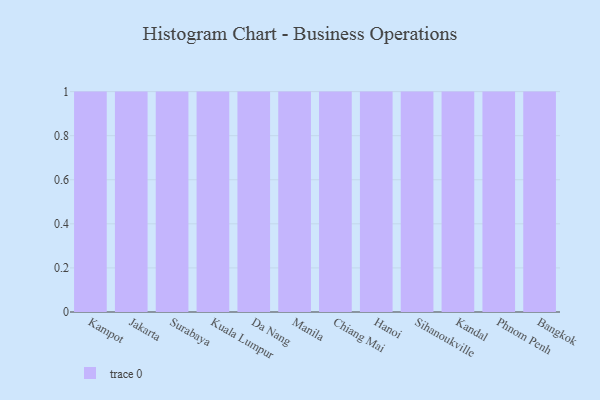
{"axis": {"x": "City", "y": "Production Output"}, "legend": [""], "data": [{"x": "Kampot", "y": 40, "type": ""}, {"x": "Jakarta", "y": 76, "type": ""}, {"x": "Surabaya", "y": 73, "type": ""}, {"x": "Kuala Lumpur", "y": 85, "type": ""}, {"x": "Da Nang", "y": 34, "type": ""}, {"x": "Manila", "y": 26, "type": ""}, {"x": "Chiang Mai", "y": 68, "type": ""}, {"x": "Hanoi", "y": 95, "type": ""}, {"x": "Sihanoukville", "y": 89, "type": ""}, {"x": "Kandal", "y": 79, "type": ""}, {"x": "Phnom Penh", "y": 25, "type": ""}, {"x": "Bangkok", "y": 23, "type": ""}]}